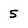
Character: 5